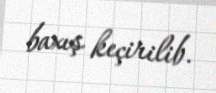
baxış keçirilib.